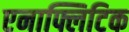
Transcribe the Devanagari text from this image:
एनाफ्लिटिक